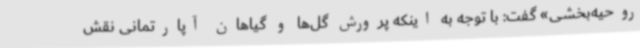
روحیه‌بخشی» گفت: با توجه به اینکه پرورش گل‌ها و گیاهان آپارتمانی نقش